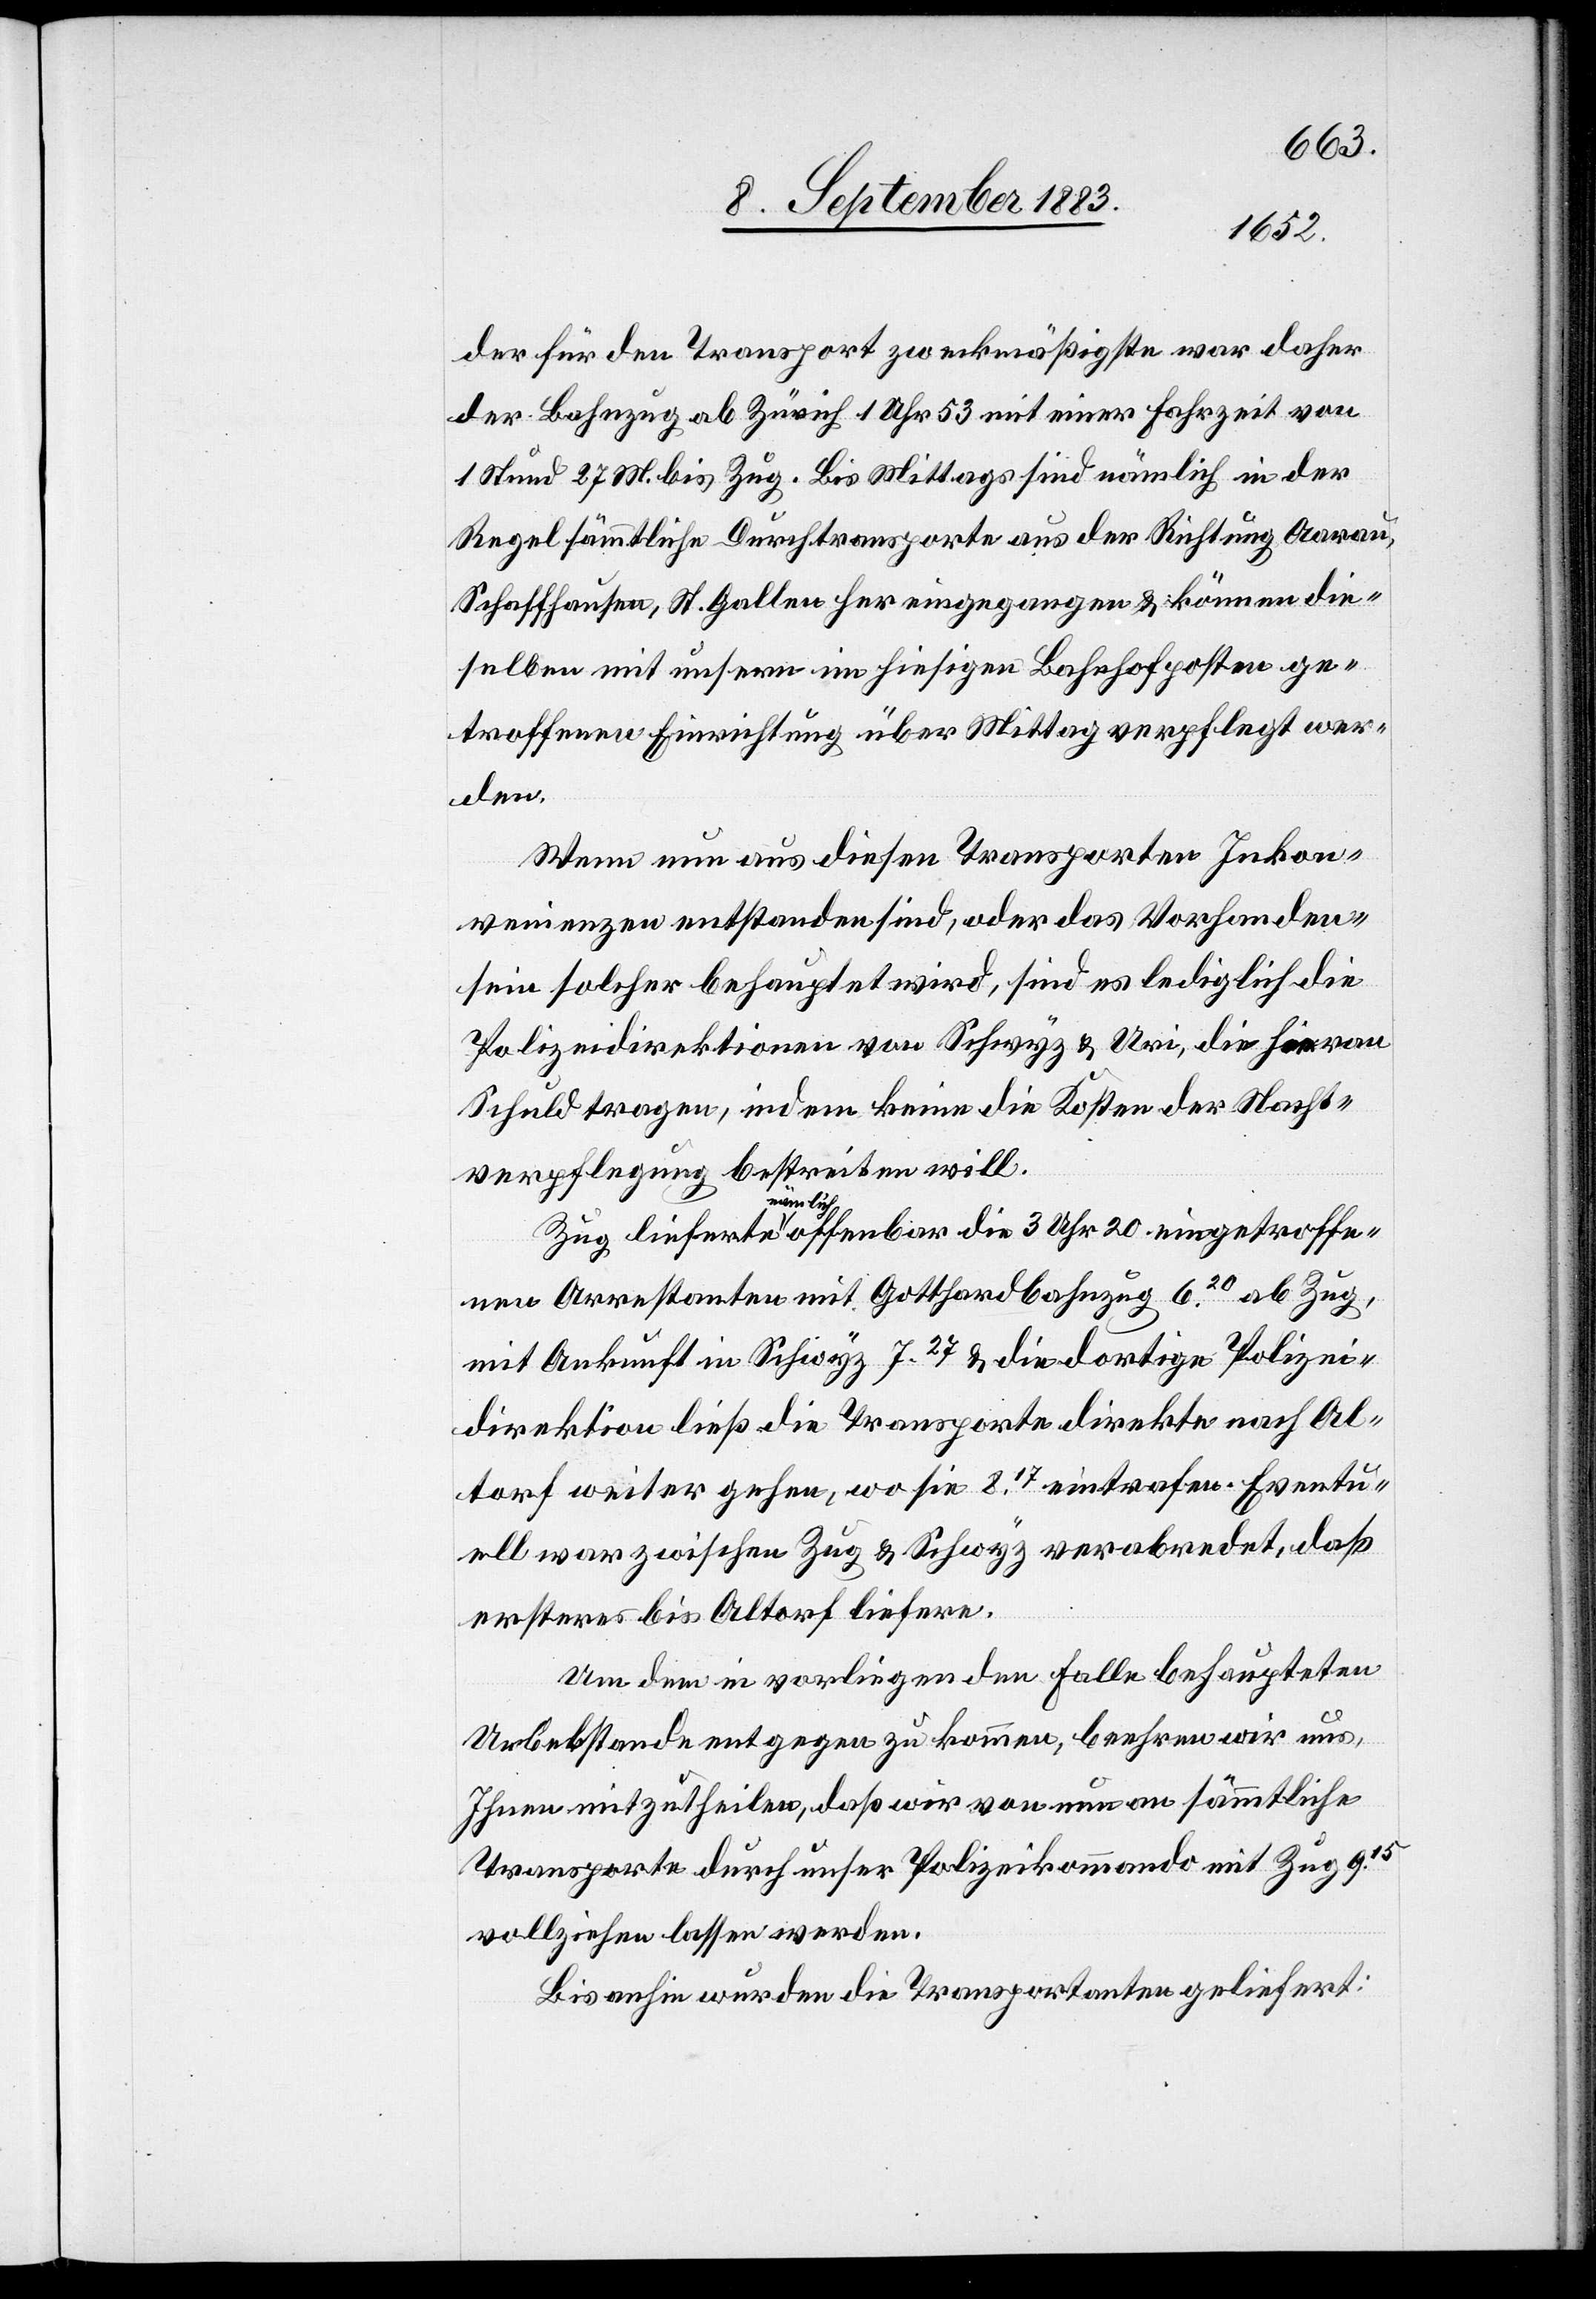
der für den Transport zweckmäßigste war daher
der Bahnzug ab Zürich 1 Uhr 53 mit einer Fahrzeit von
1 Stund[e] 27 M. bis Zug. Bis Mittags sind nämlich in der
Regel sämmtliche Durchtransporte aus der Richtig Aarau,
Schaffhausen, St. Gallen her eingegangen & können die¬
selben mit unsern im hiesigen Bahnhofposten ge¬
troffenen Einrichtung über Mittag verpflegt wer¬
den.
Wenn nun aus diesen Transporten Inkon¬
venienzen entstanden sind, oder das Vorhanden¬
sein solcher behauptet wird, sind es lediglich die
Polizeidirektionen von Schwyz & Uri, die hieran
Schuld tragen, indem keine die Kosten der Nacht¬
verpflegung bestreiten will.
Zug lieferte nämlich offenbar die 3 Uhr 30 eingetroffe¬
nen Arrestanten mit Gotthardbahnzug 620 ab Zug,
mit Ankunft in Schwyz 727 & die dortige Polizei¬
direktion ließ die Transporte direkte nach Al¬
torf weiter gehen, wo sie 817 eintrafen. Eventu¬
ell war zwischen Zug & Schwyz verabredet, daß
ersteres bis Altorf liefere.
Um dem in vorliegenden Falle behaupteten
Uebelstande entgegen zu kommen, beehren wir uns,
Ihnen mitzutheilen, daß wir von nun an sämmtliche
Transporte durch unser Polizeikommando mit Zug 915
vollziehen lassen werden.
Bis anhin wurden die Transportanten geliefert: